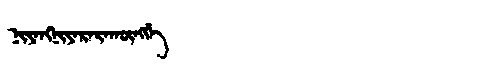
Manchu: ᠨᡳᠶᠠᠩᠨᡳᠶᠠᡵᠠᡵᠠᡴᡡᠩᡤᡝ
Romanization: NIYANGNIYARARAKŪNGGE